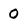
Character: 0